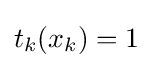
t_{k}(x_{k})=1